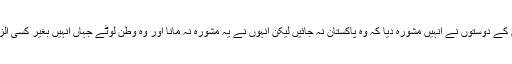
ملک کے حالات کے پیش نظر ان کے دوستوں نے انہیں مشورہ دیا کہ وہ پاکستان نہ جائیں لیکن انہوں نے یہ مشورہ نہ مانا اور وہ وطن لوٹے جہاں انہیں بغیر کسی الزام کے فی الفور گرفتار کر لیا گیا۔